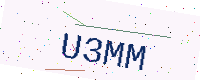
Text: U3MM